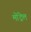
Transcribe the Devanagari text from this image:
मोंट्रेल